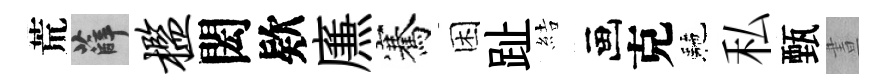
荒薛槛閎欵㢘騫困趾結画克駰私甄晝